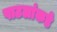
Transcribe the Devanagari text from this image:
पाटलांकडे